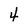
Character: 4